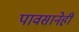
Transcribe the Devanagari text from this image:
पावसानेही